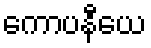
ကောပနီယေ